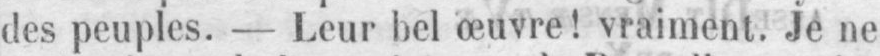
des peuples. - Leur bel œuvre! vraiment. Je ne